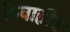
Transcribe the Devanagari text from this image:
केवाहीर